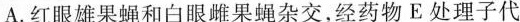
A.红眼雄果蝇和白眼雌果蝇杂交，经药物E处理子代